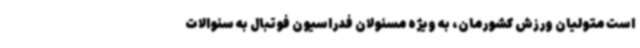
است متولیان ورزش کشورمان، به ویژه مسئولان فدراسیون فوتبال به سئوالات